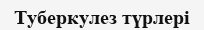
Туберкулез түрлері